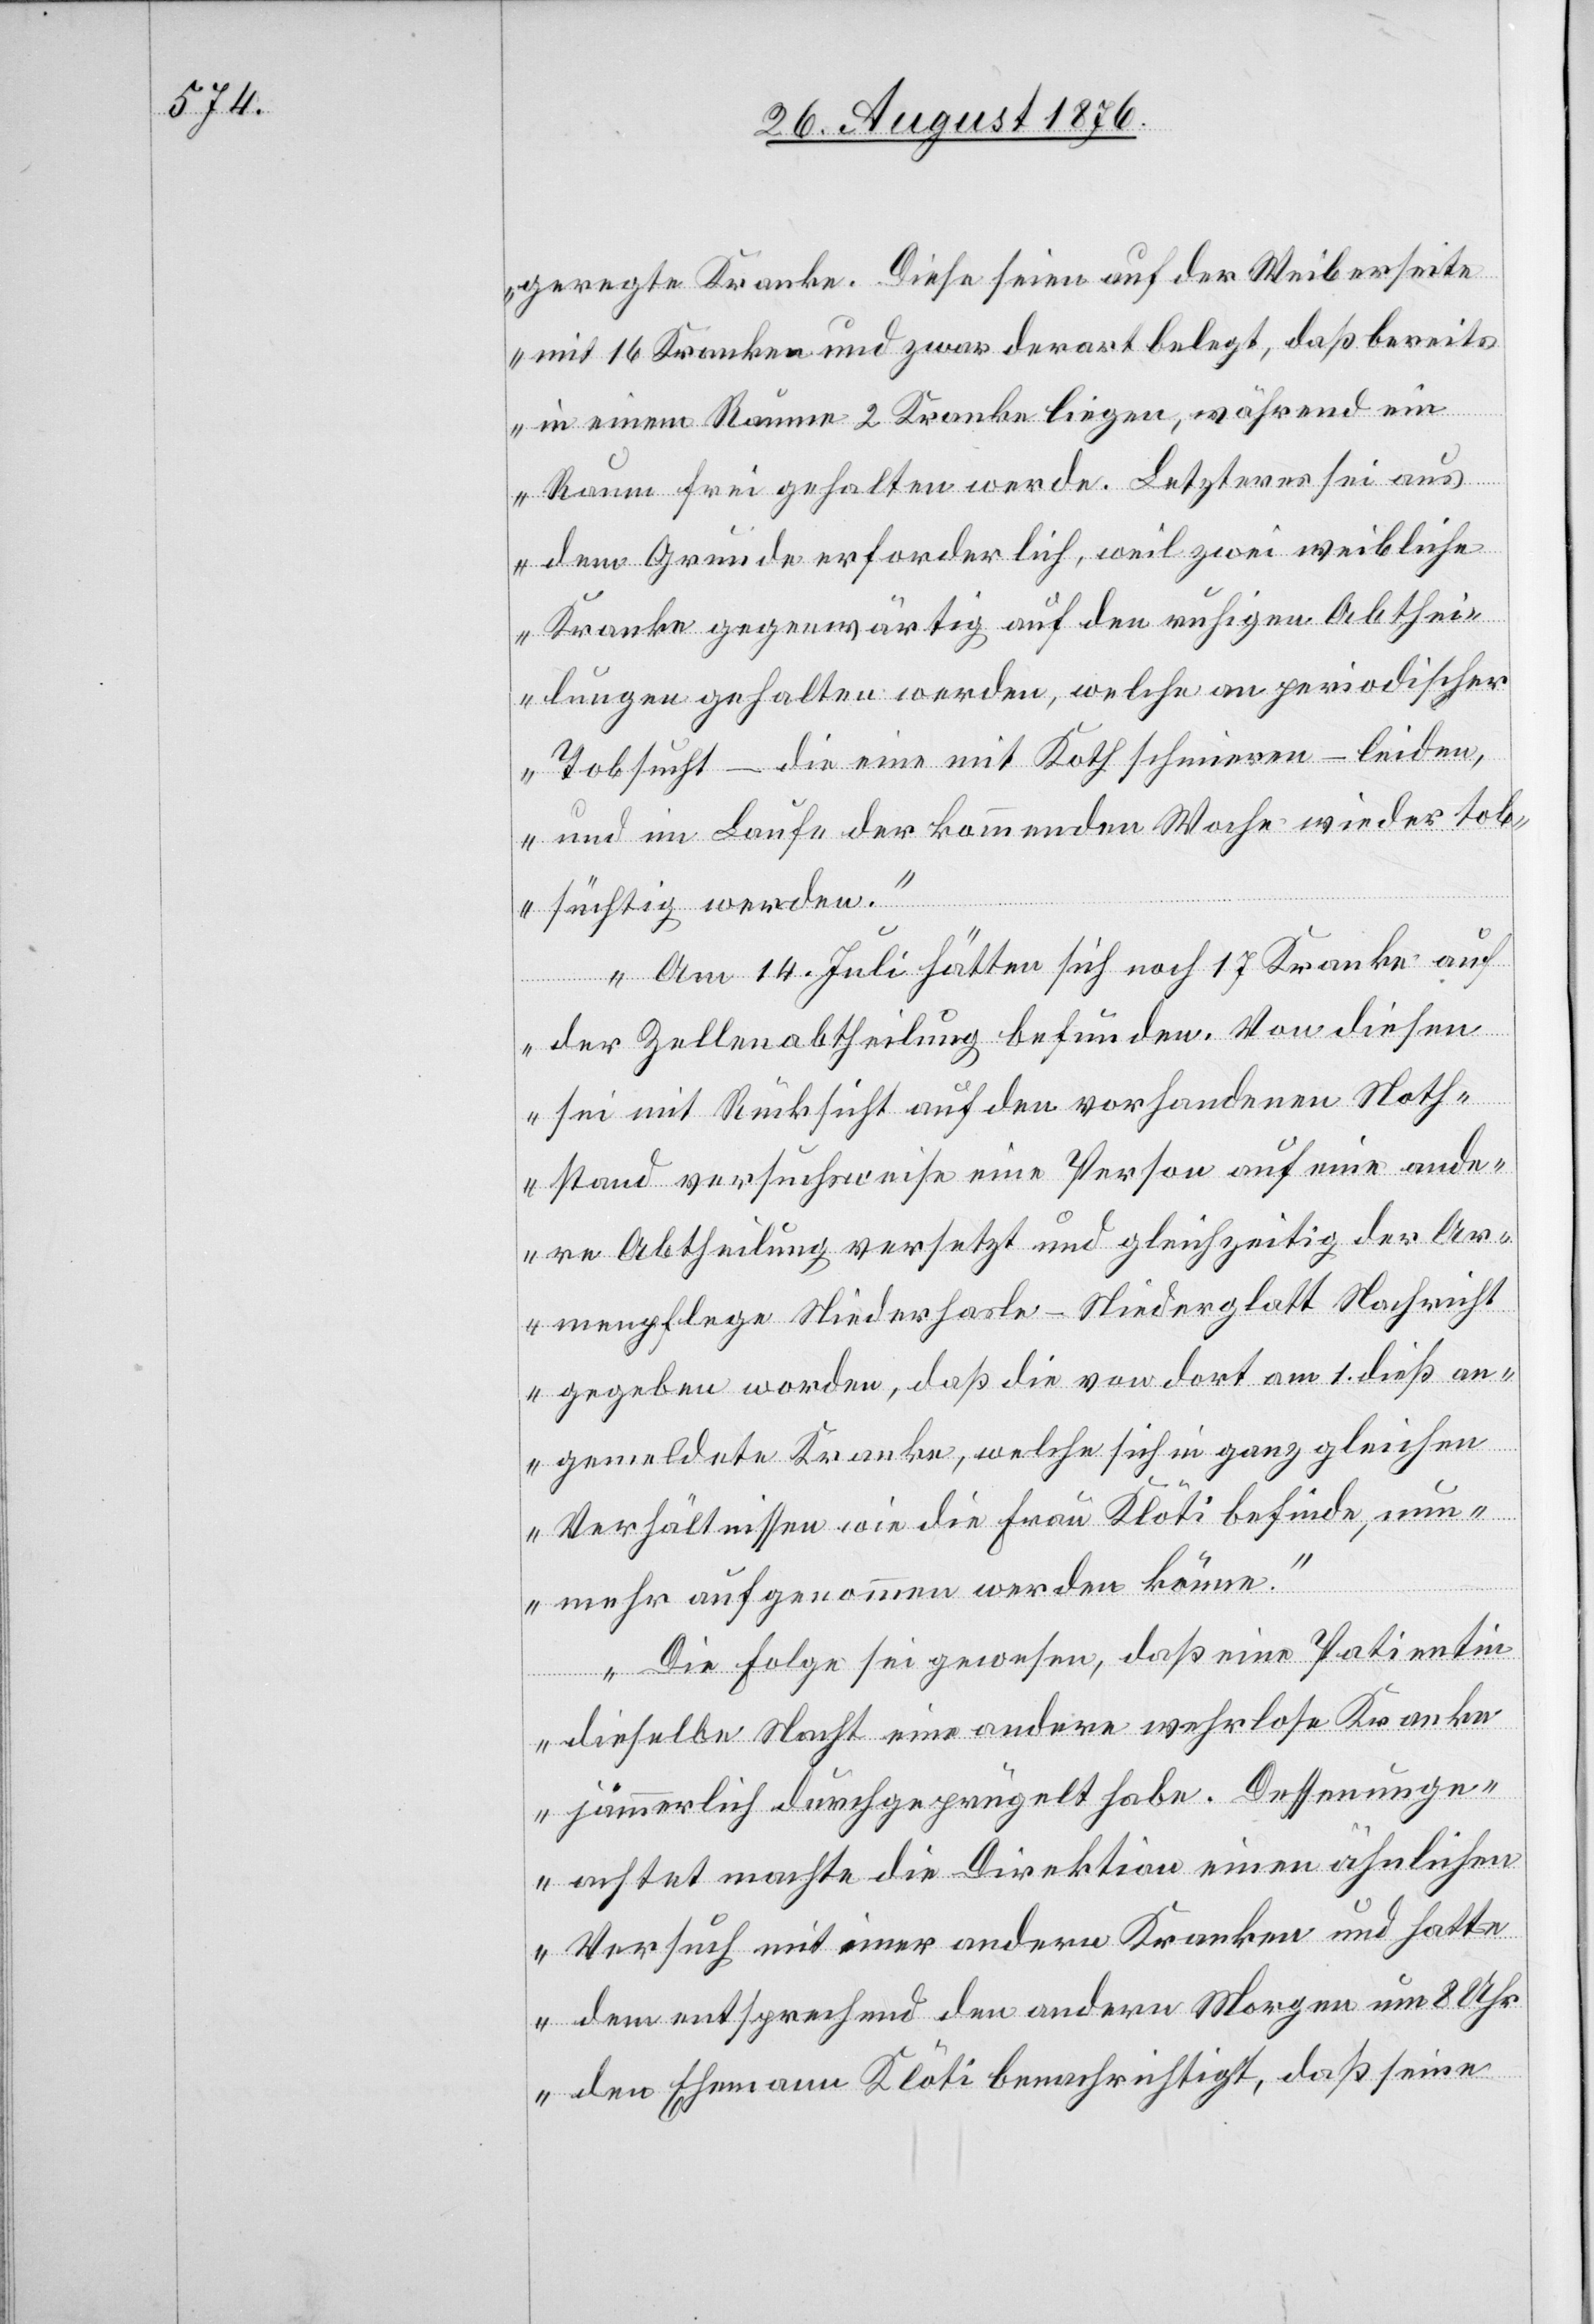
geregte Kranke. Diese seien auf der Weiberseite
mit 16 Kranken und zwar derart belegt, daß bereits
in einem Raume 2 Kranke liegen, während ein
Raum frei gehalten werde. Letzterer sei aus
dem Grund erforderlich, weil zwei weibliche
Kranke gegenwärtig auf den ruhigen Abthei¬
lungen gehalten werden, welche an periodischer
Tobsucht – die eine mit Kothschmieren – leiden,
und im Laufe der kommenden Woche wieder tob¬
süchtig werden.“
Am 14. Juli hätten sich noch 17 Kranke auf
der Zellenabtheilung befunden. Von diesen
sei mit Rücksicht auf den vorhandenen Noth¬
stand versuchsweise eine Person auf eine ande¬
re Abtheilung versetzt und gleichzeitig der Ar¬
menpflege Niederhasle [sic!] - Niederglatt Nachricht
gegeben worden, daß die von dort am 1. dieß an¬
gemeldete Kranke, welche sich in ganz gleichen
Verhältnissen wie die Frau Klöti befinde, nun¬
mehr aufgenommen werden könne.
Die Folge sei gewesen, daß eine Patientin
dieselbe Nacht eine andere wehrlose Kranke
jämmerlich durchgeprügelt habe. Dessenunge¬
achtet machte die Direktion einen ähnlichen
Versuch mit einer andern Kranken und hatte
dem entsprechend den andern Morgen um 8 Uhr
den Ehemann Klöti benachrichtigt, daß seine